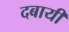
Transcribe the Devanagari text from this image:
दबायी